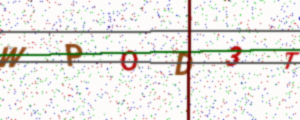
Text: WPOD3T